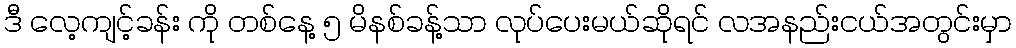
ဒီ လေ့ကျင့်ခန်း ကို တစ်နေ့ ၅ မိနစ်ခန့်သာ လုပ်ပေးမယ်ဆိုရင် လအနည်းငယ်အတွင်းမှာ